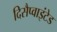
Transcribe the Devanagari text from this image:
दिसैप्वाइंटेड